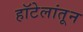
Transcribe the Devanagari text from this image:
हॉटेलांतून